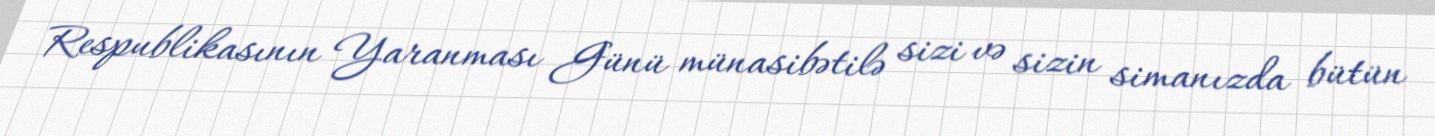
Respublikasının Yaranması Günü münasibətilə sizi və sizin simanızda bütün